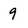
Character: 9